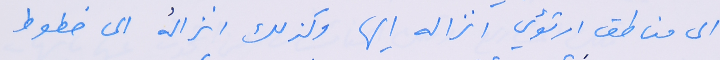
الى مناطق ارتؤي انزاله اليها وكذلك انزالُه الى خطوط